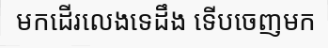
មកដើរលេងទេដឹង ទើបចេញមក